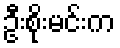
ဦးစိုးမင်းက